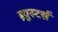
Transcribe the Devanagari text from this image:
ब्र्युस्टर्स